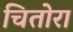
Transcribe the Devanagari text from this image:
चितोरा